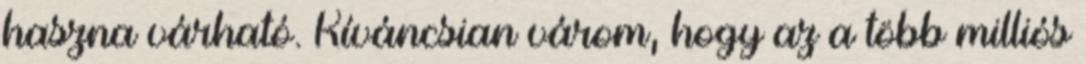
haszna várható. Kíváncsian várom, hogy az a több milliós